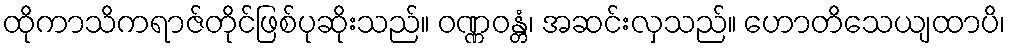
ထိုကာသိကရာဇ်တိုင်ဖြစ်ပုဆိုးသည်။ ဝဏ္ဏဝန္တံ၊ အဆင်းလှသည်။ ဟောတိသေယျထာပိ၊